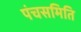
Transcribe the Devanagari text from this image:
पंचसमिति